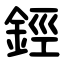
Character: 鋞